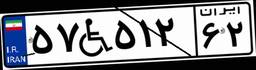
۲۳W۱۷۳۶۱